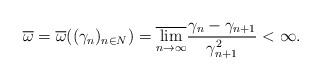
LaTeX: \begin{align*}\overline{\omega }=\overline{\omega }((\gamma _{n})_{n\in N})=\overline{\lim_{n\rightarrow \infty }}\frac{\gamma _{n}-\gamma _{n+1}}{\gamma_{n+1}^{2}}<\infty.\end{align*}